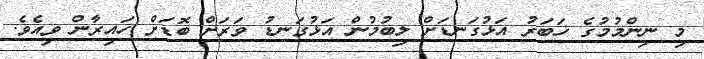
މި ނިންމުމުގެ ޚަބަރު އަޅުގަނޑަށް ލިބުމުން އަޅުގަނޑު ވަރަށް ބޮޑަށް ހައިރާން ވިއެވެ.